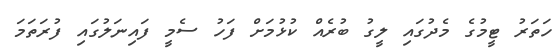
ހަތަރު ޓީމުގެ މެދުގައި ލީގު ބުރެއް ކުޅުމަށް ފަހު ސެމީ ފައިނަލުގައި ފުރަތަމަ